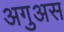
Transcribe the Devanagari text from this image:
अगुअस